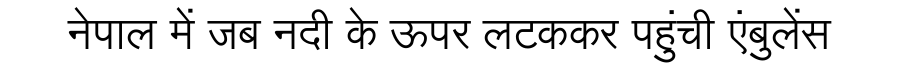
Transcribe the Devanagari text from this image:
नेपाल में जब नदी के ऊपर लटककर पहुंची एंबुलेंस